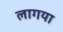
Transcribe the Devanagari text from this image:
लागया